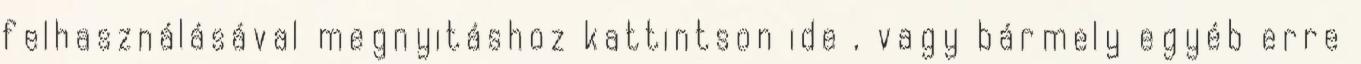
felhasználásával megnyitáshoz kattintson ide , vagy bármely egyéb erre